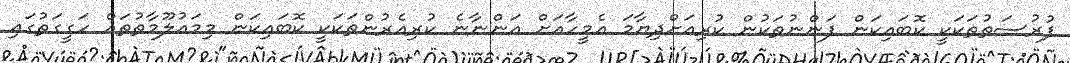
ފުރުސަތުތަކަކީ ކޮބައިކަން ފަންނުތަކުން ކުރިއަށްދިޔާމަ އެމީހާއަށް އަންނާނެ ކުރިއެރުންތަކަކީ ކޮބައިކަން މިމައުލޫމާތުތައް ހަގީގަތުގައި